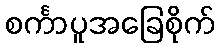
စင်္ကာပူအခြေစိုက်